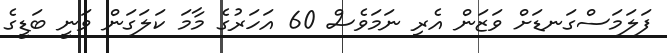
ފަލަމަސްގަނޑަށް ވަޒަން އެރި ނަމަވެސް 60 އަހަރުގެ މާމަ ކަލަގަން ވަނީ ބަޑީގެ